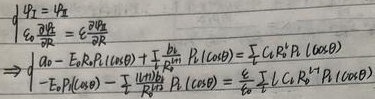
\[\begin{align*}
&\begin{cases}
\mu_i=\mu \\
\epsilon_0\frac{\partial V_i}{\partial R}=\epsilon\frac{\partial V}{\partial R}
\end{cases}\\
&\Rightarrow \int\left(\epsilon_0 - E_iR\rho_i(\cos\theta)\right)+\frac{\mu_i}{R}\frac{\partial P_i(\cos\theta)}{\partial\theta} =\sum_i C_iR^{-l_i}P_{l_i}(\cos\theta)\\
&\Rightarrow \int\left(- E_i\rho_i(\cos\theta)-\frac{\mu_i}{R}\frac{\partial P_i(\cos\theta)}{\partial\theta}\right)P_i(\cos\theta)=\frac{\epsilon_0}{\epsilon}\int\sum_i C_iR^{-l_i}P_{l_i}(\cos\theta)P_i(\cos\theta)
\end{align*}\]